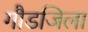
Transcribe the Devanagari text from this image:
गौडजिला